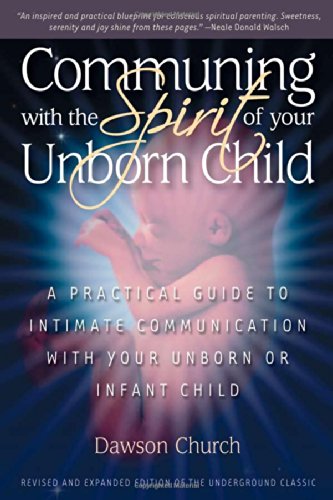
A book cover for Communing With the Spirit of Your Unborn Child: A Practical Guide to Intimate Communication With Your Unborn or Infant Child; Dawson Church; Health, Fitness & Dieting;